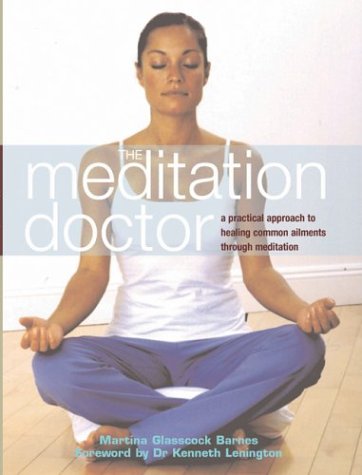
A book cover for The Meditation Doctor: A Practical Approach to Healing Common Ailments Through Meditation; Martina Glasscock Barnes; Health, Fitness & Dieting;